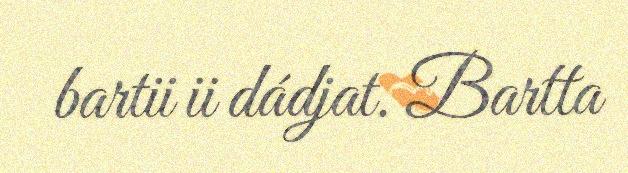
bartii ii dádjat. Bartta